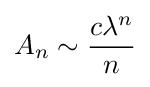
A_{n}\sim {\frac {c\lambda ^{n}}{n}}